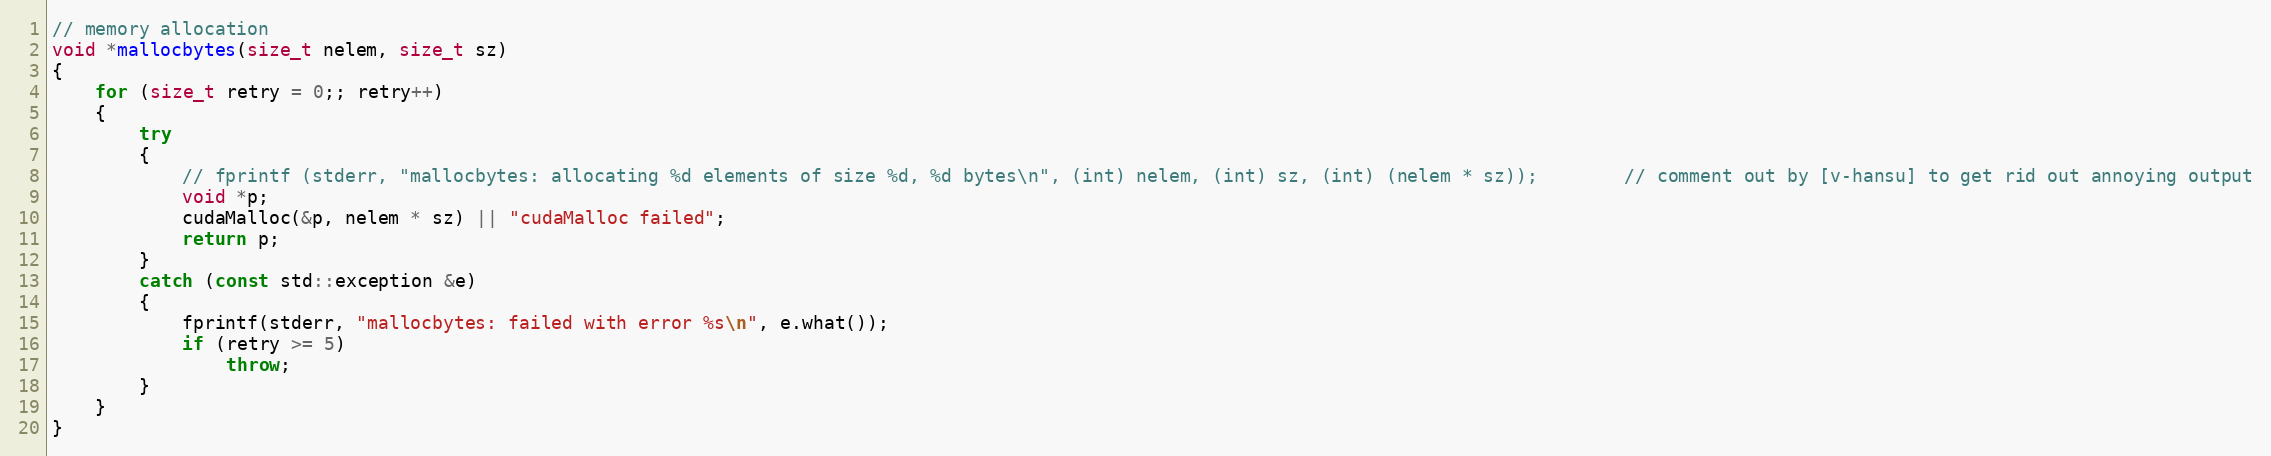
Language: C++
// memory allocation
void *mallocbytes(size_t nelem, size_t sz)
{
    for (size_t retry = 0;; retry++)
    {
        try
        {
            // fprintf (stderr, "mallocbytes: allocating %d elements of size %d, %d bytes\n", (int) nelem, (int) sz, (int) (nelem * sz));        // comment out by [v-hansu] to get rid out annoying output
            void *p;
            cudaMalloc(&p, nelem * sz) || "cudaMalloc failed";
            return p;
        }
        catch (const std::exception &e)
        {
            fprintf(stderr, "mallocbytes: failed with error %s\n", e.what());
            if (retry >= 5)
                throw;
        }
    }
}